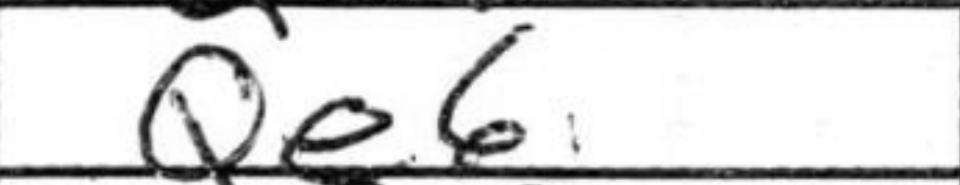
Transcription: Qe6